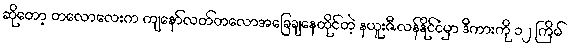
ဆိုတော့ တလောလေးက ကျနော်လတ်တလောအခြေချနေထိုင်တဲ့ နယူးဇီလန်နိုင်ငံမှာ ဒီကားကို ၁၂ ကြိမ်